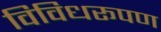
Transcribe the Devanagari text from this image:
विविधरूपण